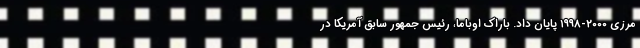
مرزی ۲۰۰۰-۱۹۹۸ پایان داد. باراک اوباما، رئیس جمهور سابق آمریکا در